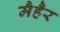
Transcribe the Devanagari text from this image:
मैहैर